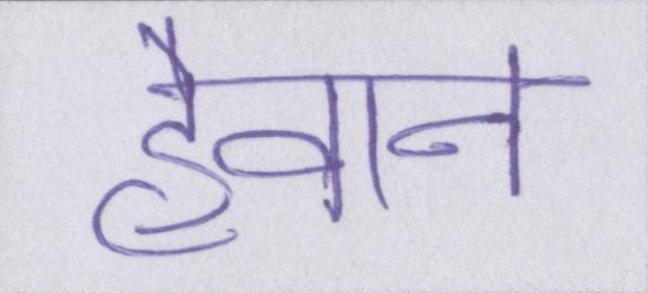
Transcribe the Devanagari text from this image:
हैवान